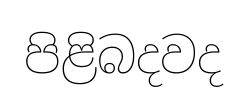
පිළිබදවද